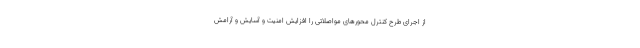
از اجرای طرح کنترل محورهای مواصلاتی را افزایش امنیت و آسایش و آرامش